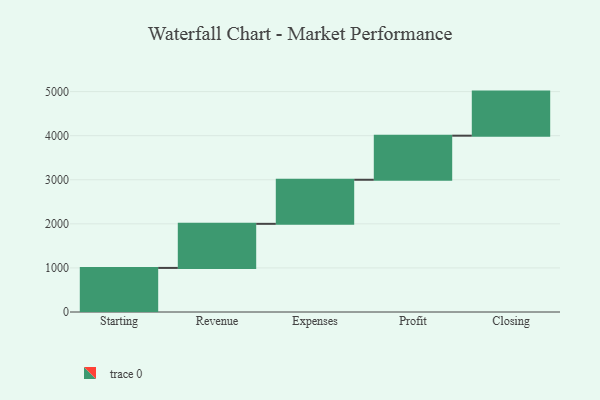
{"axis": {"x": "Step", "y": "Value"}, "legend": [""], "data": [{"x": "Starting", "y": 1000, "type": ""}, {"x": "Revenue", "y": 1000, "type": ""}, {"x": "Expenses", "y": 1000, "type": ""}, {"x": "Profit", "y": 1000, "type": ""}, {"x": "Closing", "y": 1000, "type": ""}]}